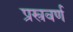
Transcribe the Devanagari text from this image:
प्रस्त्रवर्ण